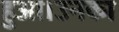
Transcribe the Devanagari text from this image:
हुआ।उनका